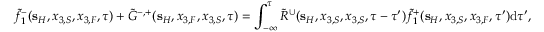
\tilde { f } _ { 1 } ^ { - } ( { \bf s } _ { H } , x _ { 3 , S } , x _ { 3 , F } , \tau ) + \tilde { G } ^ { - , + } ( { \bf s } _ { H } , x _ { 3 , F } , x _ { 3 , S } , \tau ) = \int _ { - \infty } ^ { \tau } \tilde { R } ^ { \cup } ( { \bf s } _ { H } , x _ { 3 , S } , x _ { 3 , S } , \tau - \tau ^ { \prime } ) \tilde { f } _ { 1 } ^ { + } ( { \bf s } _ { H } , x _ { 3 , S } , x _ { 3 , F } , \tau ^ { \prime } ) \mathrm { d } \tau ^ { \prime } ,